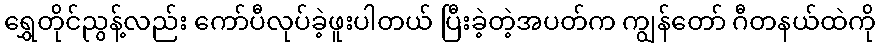
ရွှေတိုင်ညွန့်လည်း ကော်ပီလုပ်ခဲ့ဖူးပါတယ် ပြီးခဲ့တဲ့အပတ်က ကျွန်တော် ဂီတနယ်ထဲကို